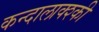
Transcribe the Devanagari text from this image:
कन्दालाक्श्की